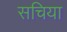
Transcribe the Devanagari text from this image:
सचिया